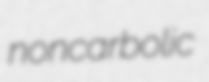
noncarbolic